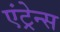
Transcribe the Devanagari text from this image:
एंट्रेन्स